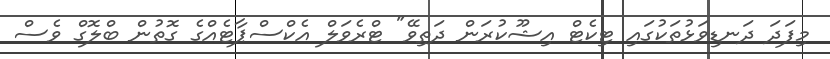
މިފަދަ ދަނޑިވަޅުތަކުގައި ޓިކެޓް އިޝޫކުރަން ދަތިވޭ" ޓްރެވަލް އެކްސްޕާޓެއްގެ ގޮތުން ބްލޮގް ވެސް